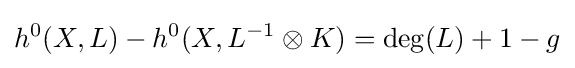
h^{0}(X,L)-h^{0}(X,L^{-1}\otimes K)=\deg(L)+1-g